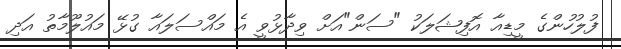
ފުލުހުންގެ މީޑިއާ އޮފިޝަލަކު "ސަން"އަށް ވިދާޅުވީ އެ މައްސަލައާ ގުޅޭ މައުލޫމާތު އަދި